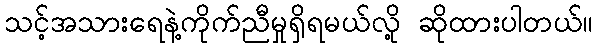
သင့်အသားရေနဲ့ကိုက်ညီမှုရှိရမယ်လို့ ဆိုထားပါတယ်။